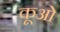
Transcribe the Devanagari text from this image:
कूओ